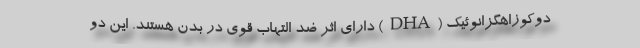
دوکوزاهگزانوئیک (DHA) دارای اثر ضد التهاب قوی در بدن هستند. این دو